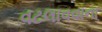
વટલાવવાના